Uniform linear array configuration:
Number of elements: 16
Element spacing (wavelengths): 1
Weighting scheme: binomial
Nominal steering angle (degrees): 0
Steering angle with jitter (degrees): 1.442
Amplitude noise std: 0.05
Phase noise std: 0.05

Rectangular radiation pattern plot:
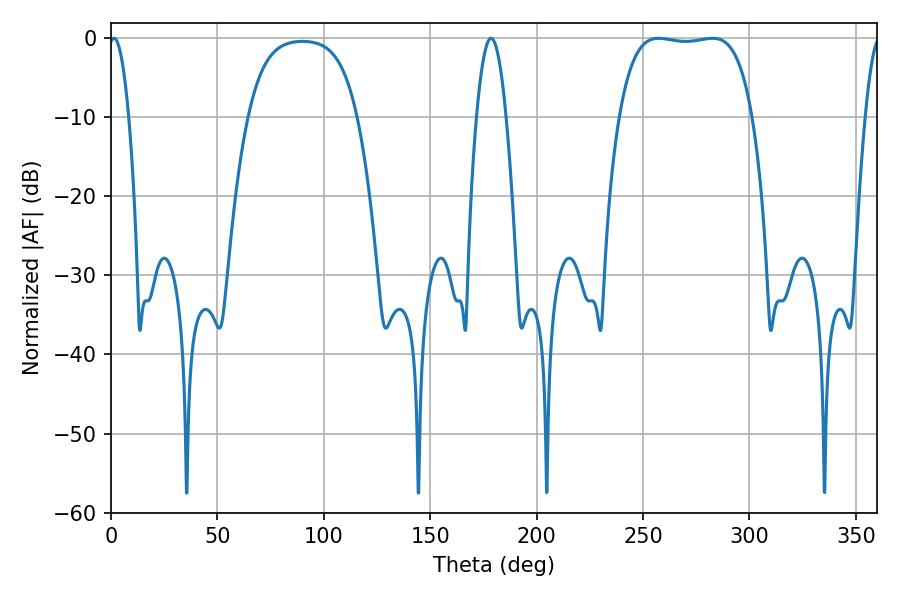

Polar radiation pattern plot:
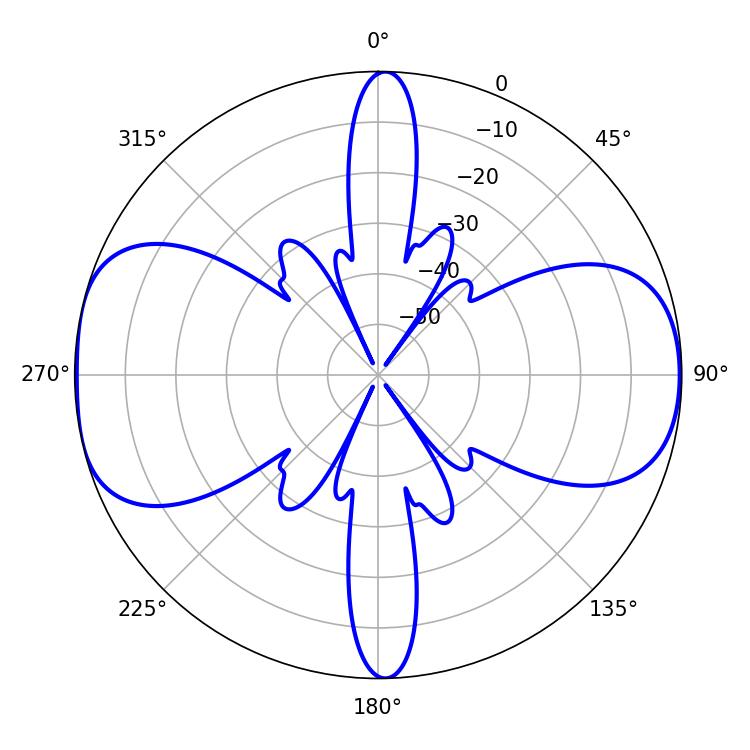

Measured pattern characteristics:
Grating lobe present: TRUE
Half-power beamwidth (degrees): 49.32
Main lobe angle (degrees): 257.22